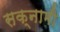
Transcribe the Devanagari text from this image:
सक्नामी